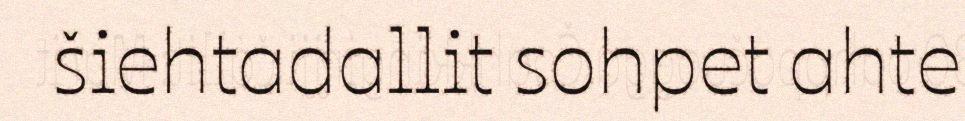
šiehtadallit sohpet ahte